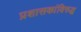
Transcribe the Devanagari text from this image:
प्रशासकांविरुद्ध